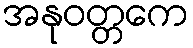
အနုဝတ္တကေ